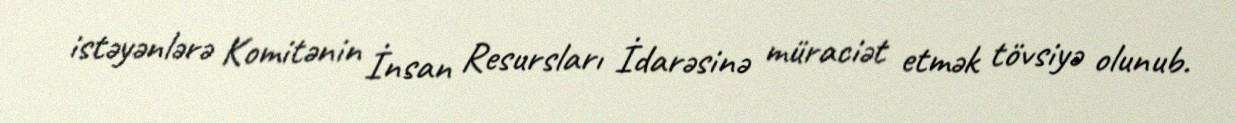
istəyənlərə Komitənin İnsan Resursları İdarəsinə müraciət etmək tövsiyə olunub.